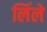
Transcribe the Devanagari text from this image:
लिंले